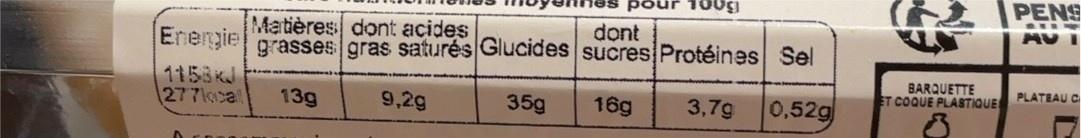
PENS
....
dont
Energie
Matières dont acides grasses gras saturés Glucides sucres Protéines Sel
BARQUETTE ET COQUE PLASTIQUE
1153KJ
PLATEAU C
277kcal
13g
9,2g
35g
16g
3,79
0,52g